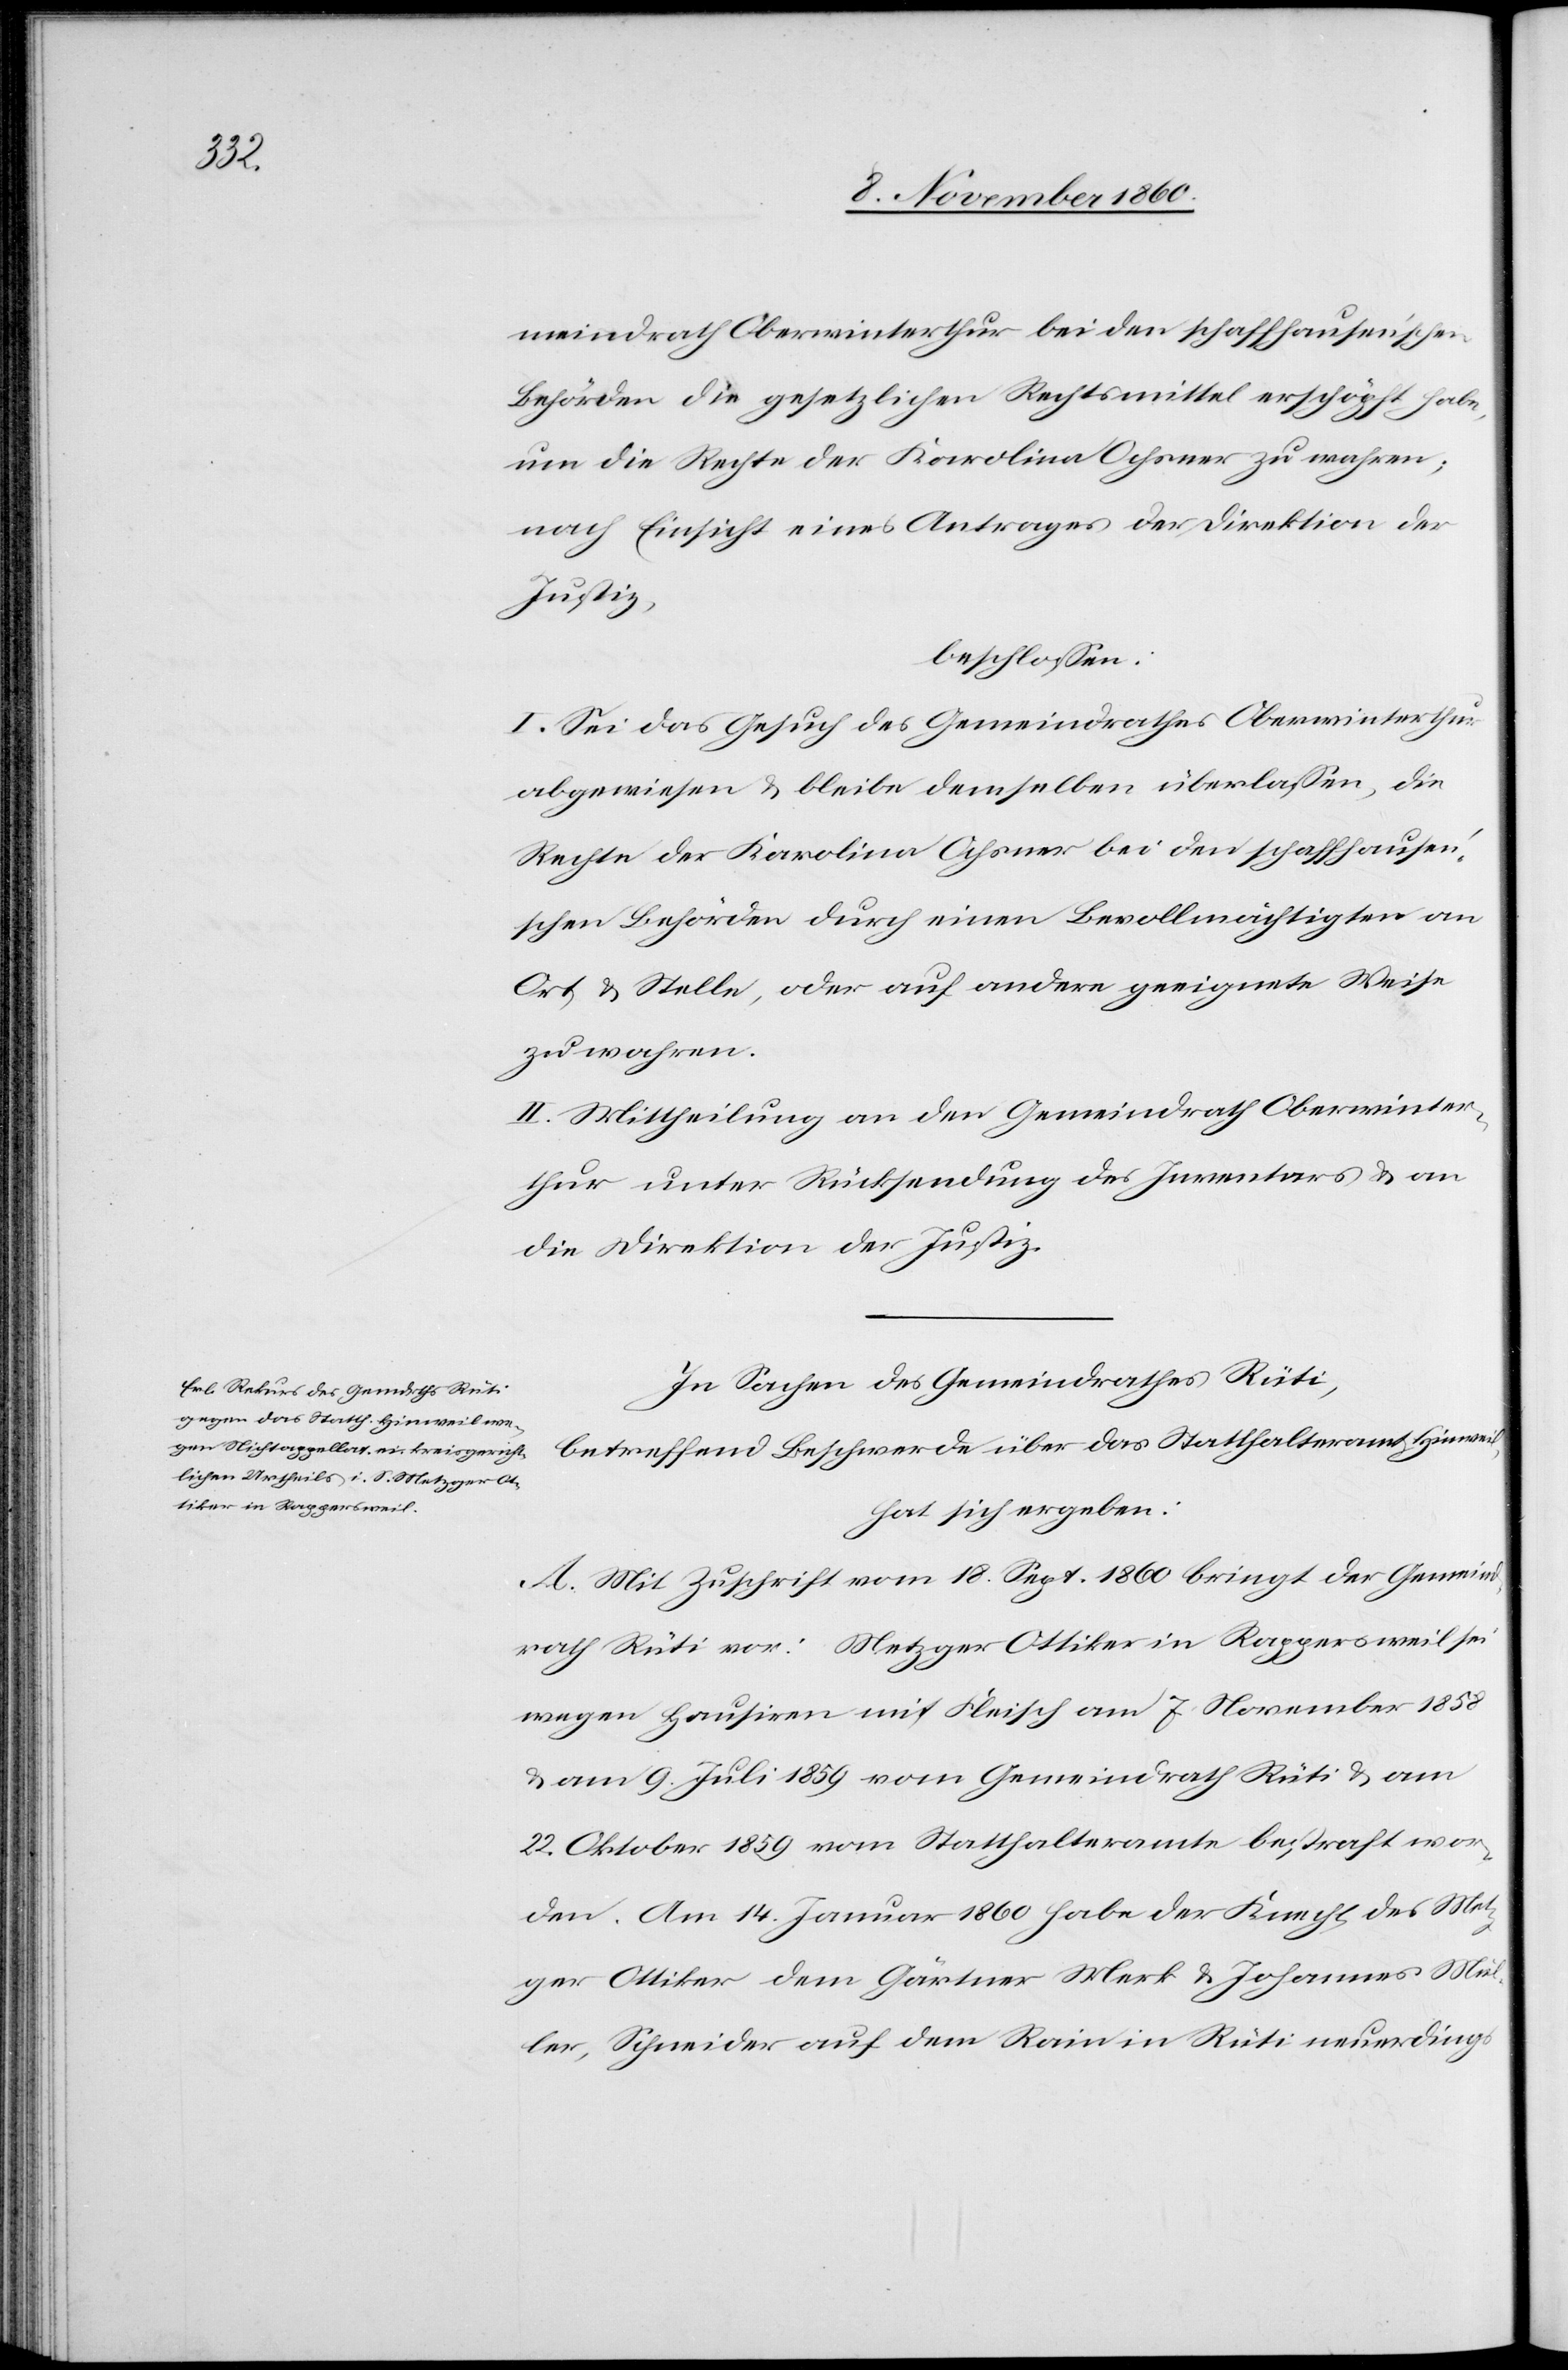
meindrath Oberwinterthur bei den schaffhausen’schen
Behörden die gesetzlichen Rechtsmittel erschöpft habe,
um die Rechte der Karolina Ochsner zu wahren;
nach Einsicht eines Antrages der Direktion der
Justiz,
beschlossen:
I. Sei das Gesuch des Gemeindrathes Oberwinterthur
abgewiesen u. bleibe demselben überlassen, die
Rechte der Karolina Ochsner bei den schaffhause¬
n’schen Behörden durch einen Bevöllmächtigten an
Ort u. Stelle, oder auf andere geeignete Weise
zu wahren.
II. Mittheilung an den Gemeindrath Oberwinter¬
thur unter Rücksendung des Inventars u. an
die Direktion der Justiz.
In Sachen des Gemeindrathes Rüti,
betreffend Beschwerde über das Statthalteramt Hinweil,
hat sich ergeben:
A. Mit Zuschrift vom 18. Sept. 1860 bringt der Gemeind¬
rath Rüti vor: Metzger Ottiker in Rappersweil sei
wegen Hausiren mit Fleisch am 7. November 1858
u. am 9. Juli 1859 vom Gemeindrath Rüti u. am
22. Oktober 1859 vom Statthalteramte bestraft wor¬
den. Am 14. Januar 1860 habe der Knecht des Met¬
zger Ottiker dem Gärtner Merk u. Johannes Mül¬
ler, Schneider auf dem Rain in Rüti neuerdings